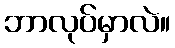
ဘာလုပ်မှာလဲ။